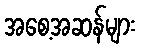
အစေ့အဆန်များ